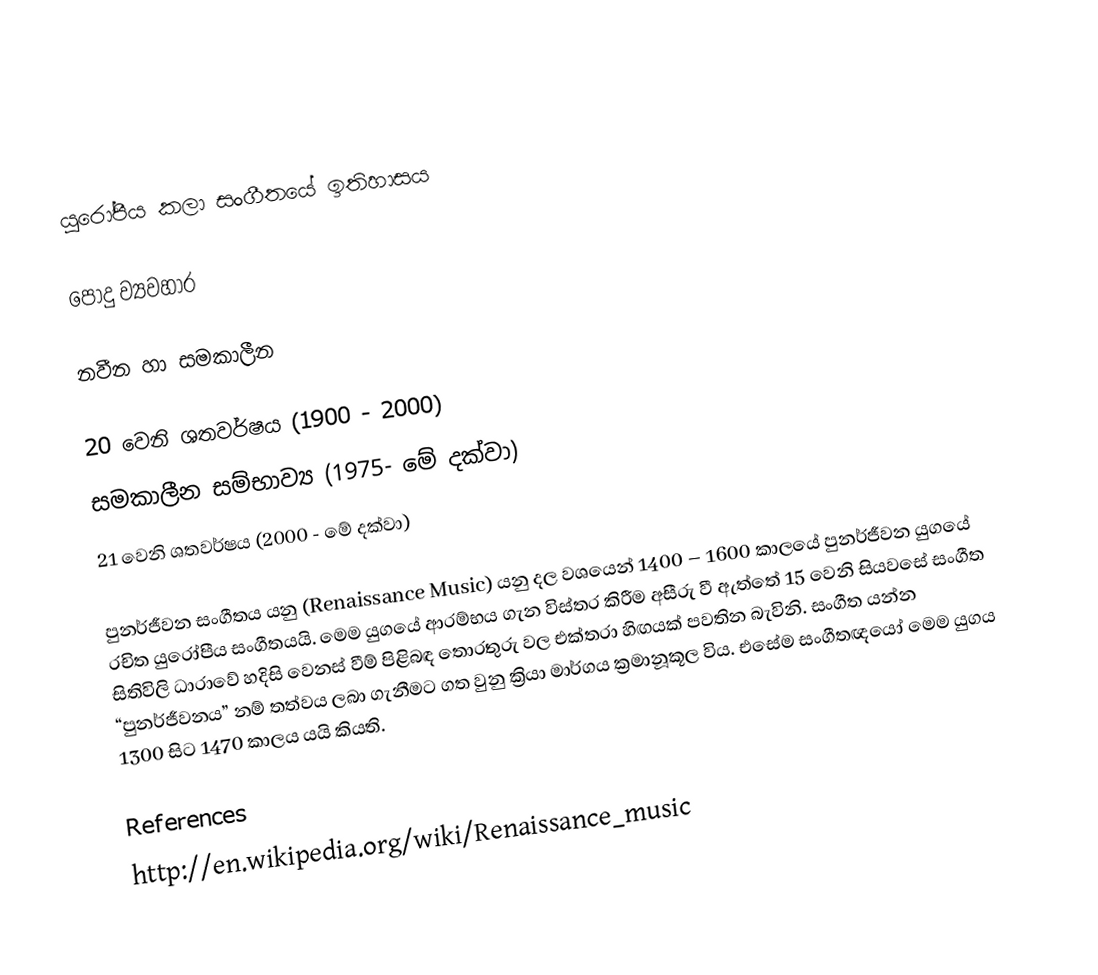

යුරෝපීය කලා සංගීතයේ ඉතිහාසය

පොදු ව්‍යවහාර

නවීන හා සමකාලීන

20 වෙනි ශතවර්ෂය (1900 - 2000)
සමකාලීන සම්භාව්‍ය (1975- මේ දක්වා)
21 වෙනි ශතවර්ෂය (2000 - මේ දක්වා)

පුනර්ජීවන සංගීතය යනු (Renaissance Music) යනු දල වශයෙන් 1400 – 1600 කාලයේ පුනර්ජීවන යුගයේ රචිත යුරෝපීය සංගීතයයි. මෙම යුගයේ ආරම්භය ගැන විස්තර කිරීම අසීරු වී ඇත්තේ 15 වෙනි සියවසේ සංගීත සිතිවිලි ධාරාවේ හදිසි වෙනස් වීම් පිළිබඳ තොරතුරු වල එක්තරා හිඟයක් පවතින බැවිනි. සංගීත යන්න “පුනර්ජීවනය” නම් තත්වය ලබා ගැනීමට ගත වුනු ක්‍රියා මාර්ගය ක්‍රමානූකූල විය. එසේම සංගීතඥයෝ මෙම යුගය 1300 සිට 1470 කාලය යයි කියති.

References
http://en.wikipedia.org/wiki/Renaissance_music